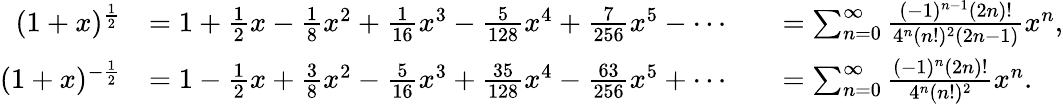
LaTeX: {\begin{array}{rlrl}{(1+x)^{\frac{1}{2}}}&{=1+{\frac{1}{2}}x-{\frac{1}{8}}x^{2}+{\frac{1}{16}}x^{3}-{\frac{5}{128}}x^{4}+{\frac{7}{256}}x^{5}-\cdots}&&{=\sum_{n=0}^{\infty}{\frac{(-1)^{n-1}(2n)!}{4^{n}(n!)^{2}(2n-1)}}x^{n},}\\ {(1+x)^{-{\frac{1}{2}}}}&{=1-{\frac{1}{2}}x+{\frac{3}{8}}x^{2}-{\frac{5}{16}}x^{3}+{\frac{35}{128}}x^{4}-{\frac{63}{256}}x^{5}+\cdots}&&{=\sum_{n=0}^{\infty}{\frac{(-1)^{n}(2n)!}{4^{n}(n!)^{2}}}x^{n}.}\end{array}}